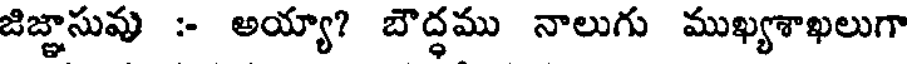
జిజ్ఞాసువు :- అయ్యా? బౌద్ధము నాలుగు ముఖ్యశాఖలుగా